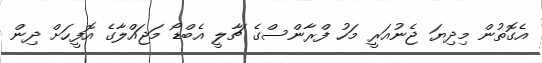
އެގޮތުން މިދިޔަ ޖެނުއަރީ މަހު ފްރާންސްގެ ޗާލީ އެބްޑޯ މަޖައްލާގެ އޮފީހަށް ދިން